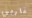
قاربي